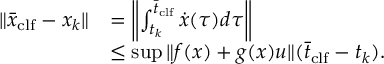
\begin{array} { r } { \begin{array} { r l } { \| \bar { x } _ { \mathrm { c l f } } - x _ { k } \| } & { = \left\| \int _ { t _ { k } } ^ { \bar { t } _ { \mathrm { c l f } } } \dot { x } ( \tau ) d \tau \right\| } \\ & { \leq \operatorname* { s u p } \| f ( x ) + g ( x ) u \| ( \bar { t } _ { \mathrm { c l f } } - t _ { k } ) . } \end{array} } \end{array}